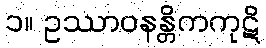
၁။ ဥဿာဝနန္တိကကုဋိ